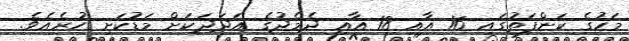
މަހުގެ ކަންފަތުގައި 16 އާއި 18 އާއި ދެމެދުގެ އަދަދަކަށް މަޑުކަށި ހުރެއެވެ.